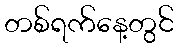
တစ်ရက်နေ့တွင်